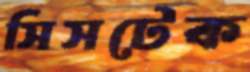
সিসটেক